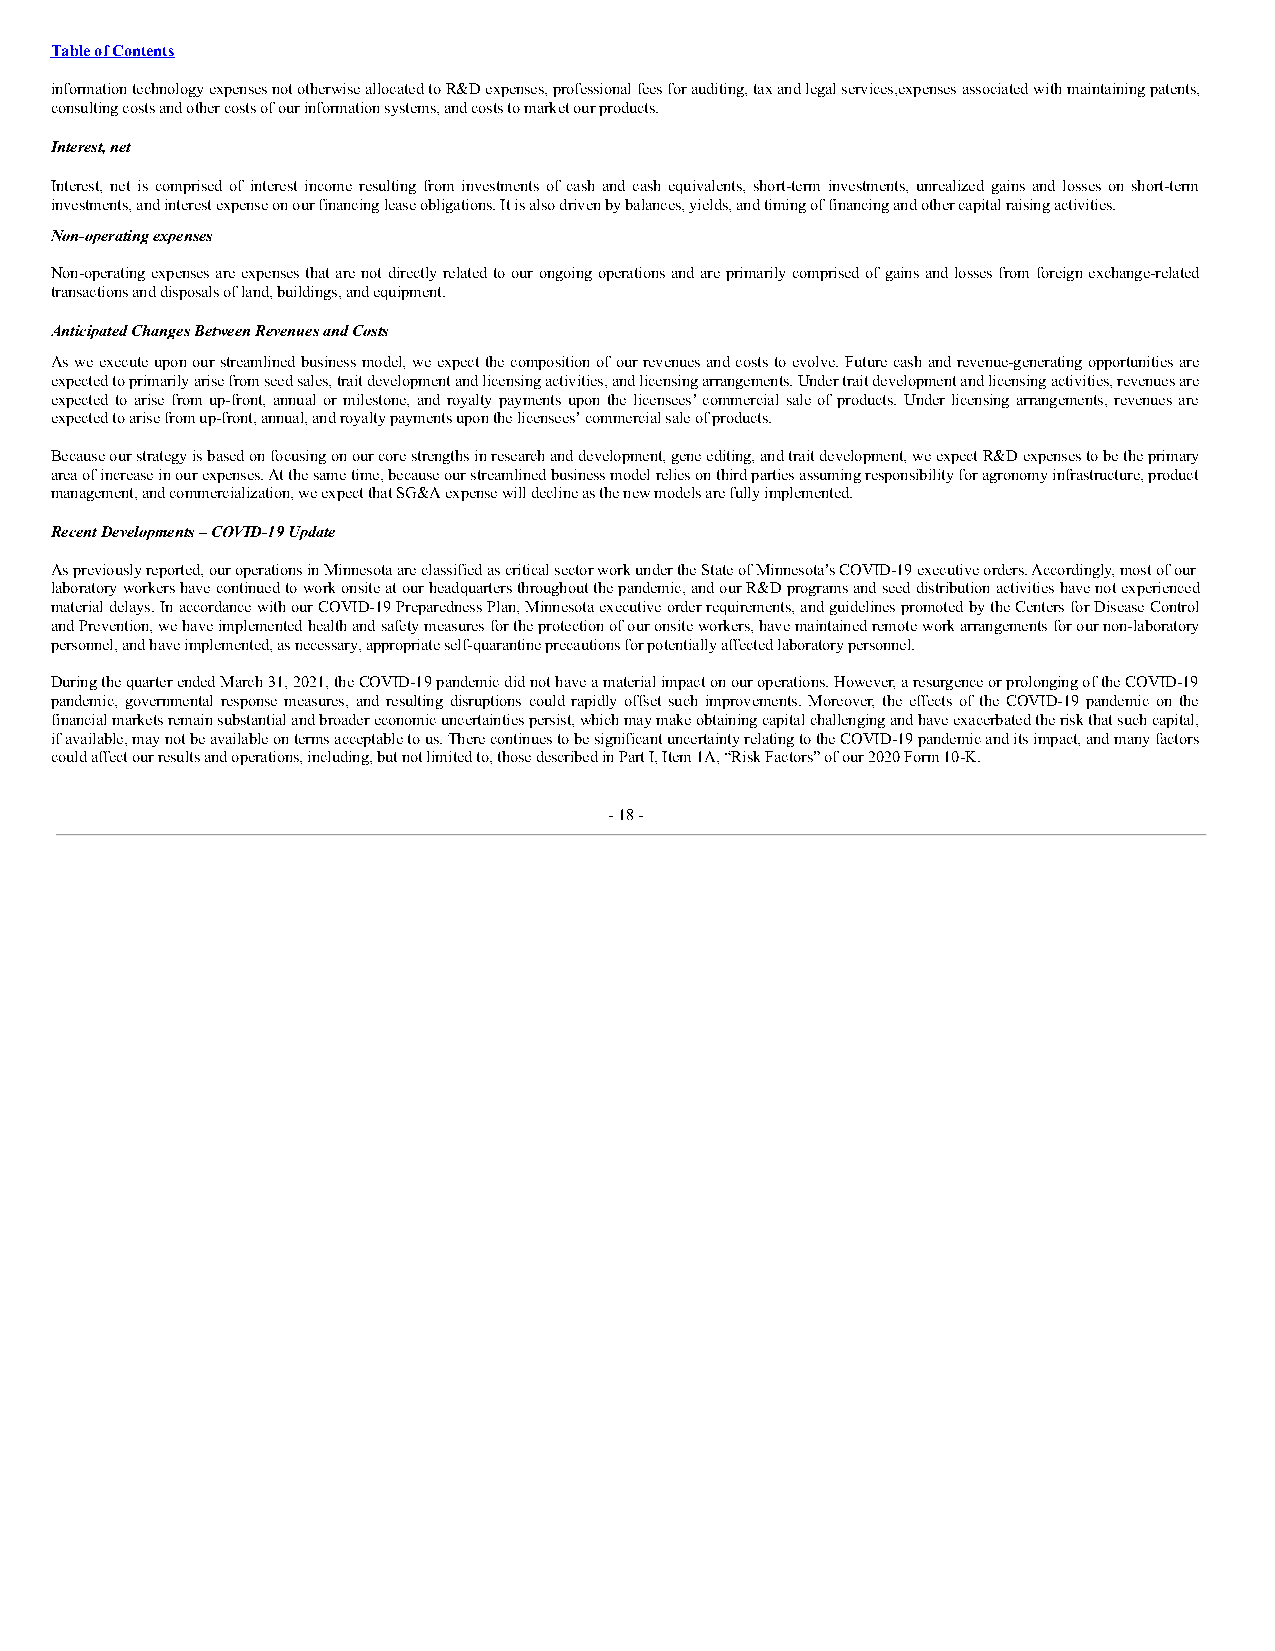
Table of Contents
 information technology expenses not otherwise allocated to R&D expenses, professional fees for auditing, tax and legal services, expenses associated with maintaining patents,
 consulting costs and other costs of our information systems, and costs to market our products.
 Interest, net
 Interest, net is comprised of interest income resulting from investments of cash and cash equivalents, short-term investments, unrealized gains and losses on short-term
 investments, and interest expense on our financing lease obligations. It is also driven by balances, yields, and timing of financing and other capital raising activities.
 Non-operating expenses
 Non-operating expenses are expenses that are not directly related to our ongoing operations and are primarily comprised of gains and losses from foreign exchange-related
 transactions and disposals of land, buildings, and equipment.
 Anticipated Changes Between Revenues and Costs
 As we execute upon our streamlined business model, we expect the composition of our revenues and costs to evolve. Future cash and revenue-generating opportunities are
 expected to primarily arise from seed sales, trait development and licensing activities, and licensing arrangements. Under trait development and licensing activities, revenues are
 expected to arise from up-front, annual or milestone, and royalty payments upon the licensees’ commercial sale of products. Under licensing arrangements, revenues are
 expected to arise from up-front, annual, and royalty payments upon the licensees’ commercial sale of products.
 Because our strategy is based on focusing on our core strengths in research and development, gene editing, and trait development, we expect R&D expenses to be the primary
 area of increase in our expenses. At the same time, because our streamlined business model relies on third parties assuming responsibility for agronomy infrastructure, product
 management, and commercialization, we expect that SG&A expense will decline as the new models are fully implemented.
 Recent Developments – COVID-19 Update
 As previously reported, our operations in Minnesota are classified as critical sector work under the State of Minnesota’s COVID-19 executive orders. Accordingly, most of our
 laboratory workers have continued to work onsite at our headquarters throughout the pandemic, and our R&D programs and seed distribution activities have not experienced
 material delays. In accordance with our COVID-19 Preparedness Plan, Minnesota executive order requirements, and guidelines promoted by the Centers for Disease Control
 and Prevention, we have implemented health and safety measures for the protection of our onsite workers, have maintained remote work arrangements for our non-laboratory
 personnel, and have implemented, as necessary, appropriate self-quarantine precautions for potentially affected laboratory personnel.
 During the quarter ended March 31, 2021, the COVID-19 pandemic did not have a material impact on our operations. However, a resurgence or prolonging of the COVID-19
 pandemic, governmental response measures, and resulting disruptions could rapidly offset such improvements. Moreover, the effects of the COVID-19 pandemic on the
 financial markets remain substantial and broader economic uncertainties persist, which may make obtaining capital challenging and have exacerbated the risk that such capital,
 if available, may not be available on terms acceptable to us. There continues to be significant uncertainty relating to the COVID-19 pandemic and its impact, and many factors
 could affect our results and operations, including, but not limited to, those described in Part I, Item 1A, “Risk Factors” of our 2020 Form 10-K.
 - 18 -